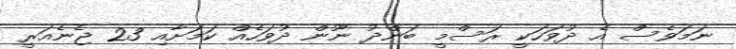
ނަމަވެސް އެ ދުވަހަކީ ރަސްމީ ބަންދު ނޫން ދުވަހެއް ކަމަށާއި 23 ޖެނެއަރީ